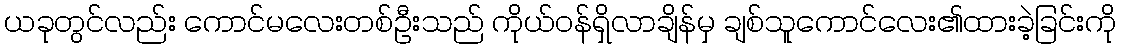
ယခုတွင်လည်း ကောင်မလေးတစ်ဦးသည် ကိုယ်ဝန်ရှိလာချိန်မှ ချစ်သူကောင်လေး၏ထားခဲ့ခြင်းကို